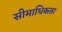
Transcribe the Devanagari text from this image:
सीमाधिकता